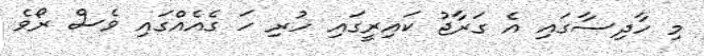
މި ހާދިސާގައި އެ ގަރާޖު ކައިރީގައި ހުރި ހަ ގެއެއްގައި ވެސް ރޯވެ